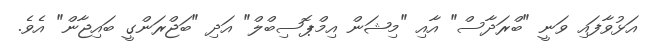
އަޅުވާފައި ވަނީ "ބްރަދާސް" އާއި "މިޝަން އިމްޕޮސިބްލް" އަދި "ބަޖްރަންގީ ބައިޖާން" އެވެ.